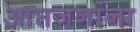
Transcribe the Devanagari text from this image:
आप्तजनांना